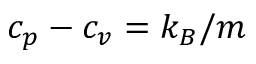
c _ { p } - c _ { v } = k _ { B } / m